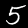
Label: 5